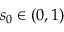
s _ { 0 } \in ( 0 , 1 )